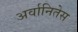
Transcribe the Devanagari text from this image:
अर्वानितेस